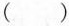
( )